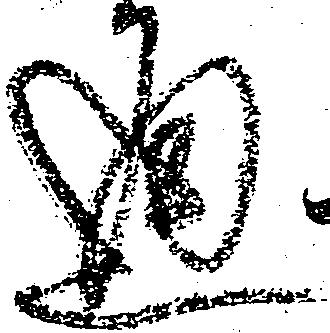
通